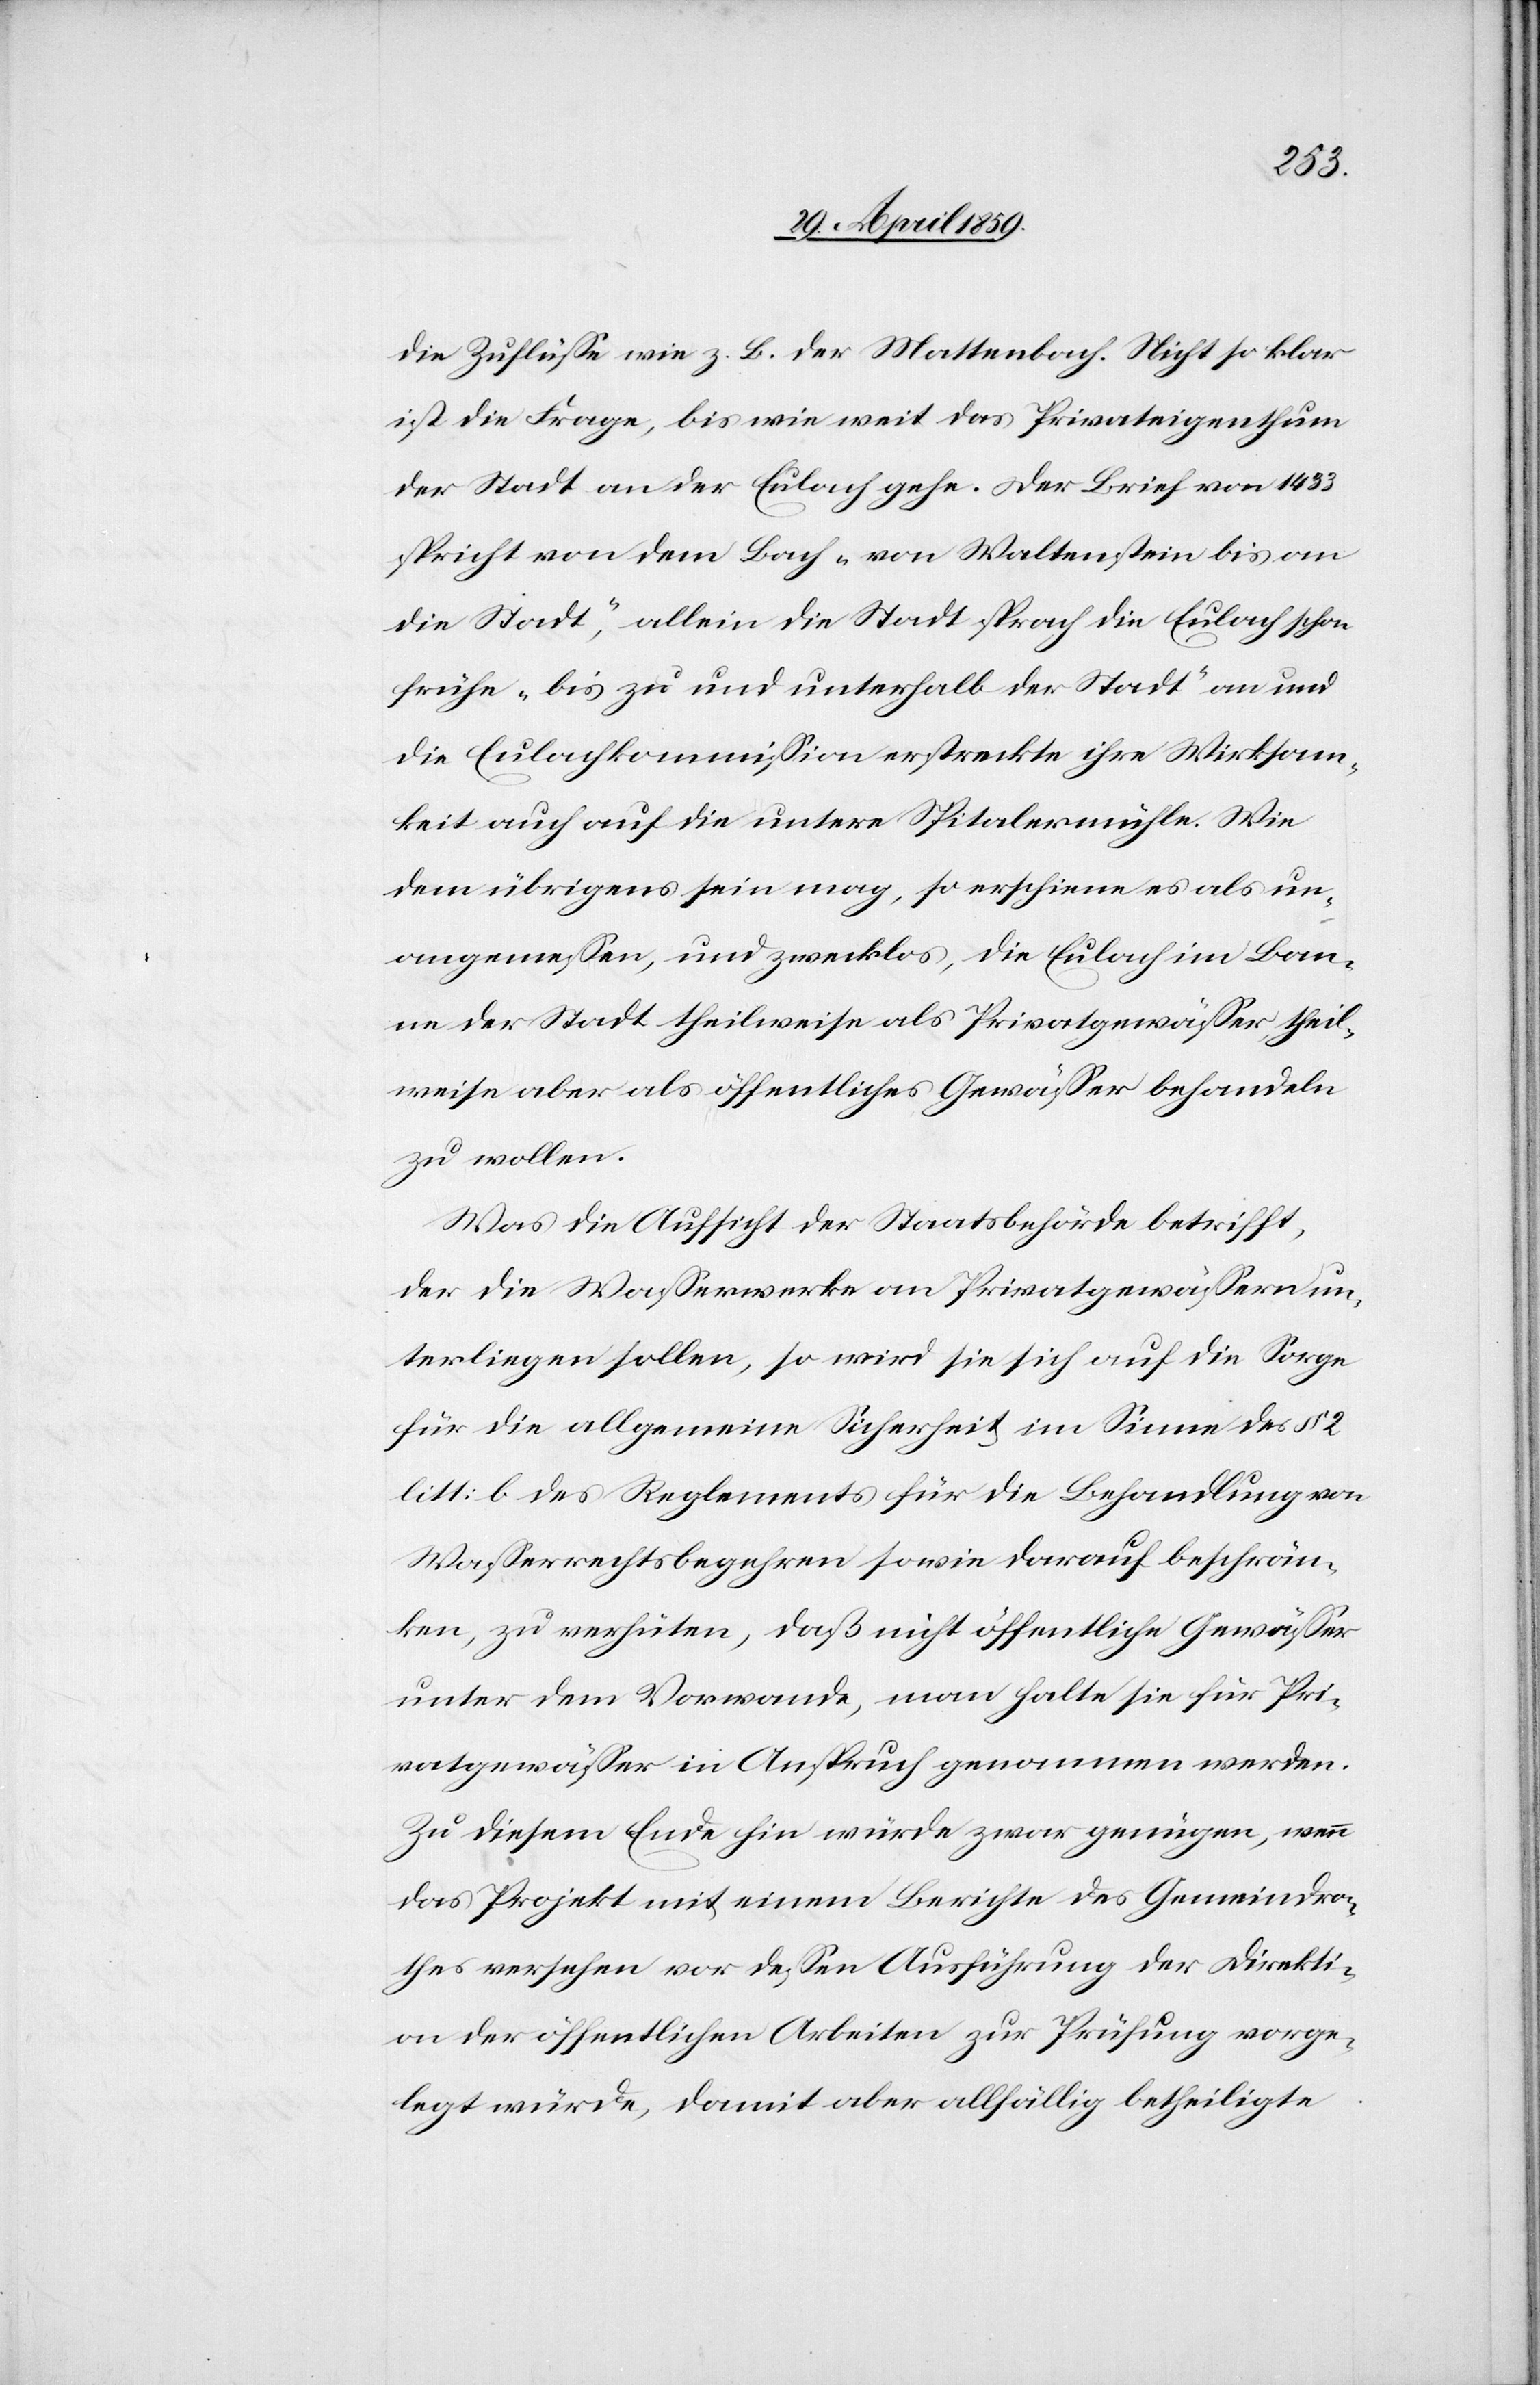
die Zuflüße wie z. B. der Mattenbach. Nicht so klar
ist die Frage, bis wie weit das Privateigenthum
der Stadt an der Eulach gehe. Der Brief von 1433
spricht von dem Bach „von Waltenstein bis an
die Stadt“, allein die Stadt sprach die Eulach schon
frühe „bis zu und unterhalb der Stadt“ an und
die Eulachkommißion erstreckte ihre Wirksam¬
keit auch auf die untere Spitalermühle. Wie
dem übrigens sein mag, so erschiene es als un¬
angemeßen, und zwecklos, die Eulach im Ban¬
ne der Stadt theilweise als Privatgewäßer, theil¬
weise aber als öffentliches Gewäßer behandeln
zu wollen.
Was die Aufsicht der Staatsbehörde betrifft,
der die Waßerwerke an Privatgewäßern un¬
terliegen sollen, so wird sie sich auf die Sorge
für die allgemeine Sicherheit im Sinne des § 2
litt: b des Reglements für die Behandlung von
Waßerrechtsbegehren sowie darauf beschrän¬
ken, zu verhüten, daß nicht öffentliche Gewäßer
unter dem Vorwande, man halte sie für Pri¬
vatgewäßer in Anspruch genommen werden.
Zu diesem Ende hin würde zwar genügen, wenn
das Projekt mit einem Berichte des Gemeindra¬
thes versehen vor deßen Ausführung der Direkti¬
on der öffentlichen Arbeiten zur Prüfung vorge¬
legt würde, damit aber allfällig betheiligte